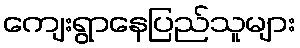
ကျေးရွာနေပြည်သူများ